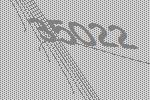
35022